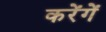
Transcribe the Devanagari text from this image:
करेंगेें